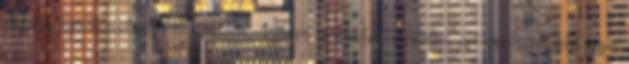
egyidős fajunk evolúciós történetével. Számos történelmi, irodalmi, antropológiai feljegyzés